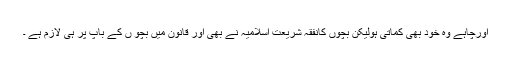
اورچاہے وہ خود بھی کماتی ہولیکن بچوں کانفقہ شریعت اسلامیہ نے بھی اور قانون میں بچو ں کے باپ پر ہی لازم ہے ۔